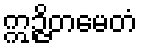
ဣဉ္ဇိတမေတံ